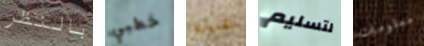
بالنظر خطبي تقبيلها لتسليم معلومات